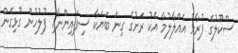
ސްކޫލުގެ ފުރާޅު އެއްލާލުމާ އެކު ރަށުގެ ގިނަ ބަޔަކާ ސިފައިންނާއި ފުލުހުން ގުޅިގެން